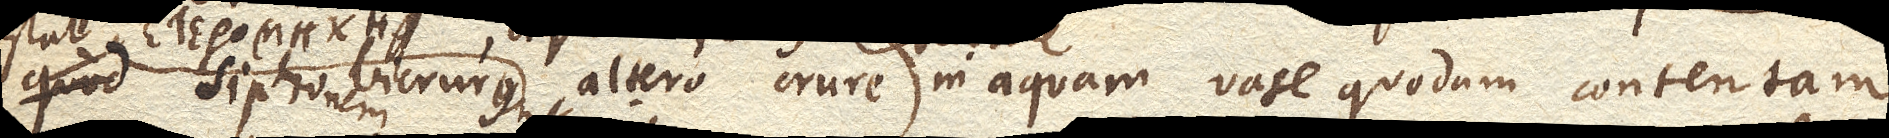
quod Sipho bicrurus altero crure in aquam vase quodam contentam